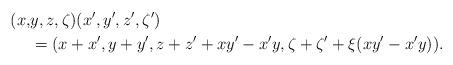
LaTeX: \begin{align*}(x,&y,z,\zeta)(x',y',z',\zeta') \\&=(x+x',y+y',z+z'+xy'-x'y,\zeta+\zeta'+\xi(xy'-x'y)).\end{align*}